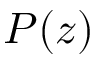
P ( z )